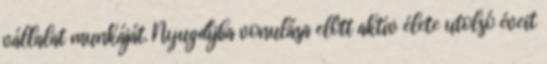
vállalat munkáját. Nyugdíjba vonulása elôtt aktív élete utolsó éveit